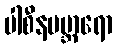
ပါစီနပဗ္ဘာရော